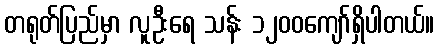
တရုတ်ပြည်မှာ လူဦးရေ သန်း ၁၂၀၀ကျော်ရှိပါတယ်။